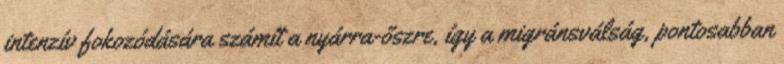
intenzív fokozódására számít a nyárra-őszre, így a migránsválság, pontosabban